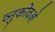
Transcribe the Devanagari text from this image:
व्नुकोवओ